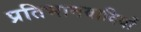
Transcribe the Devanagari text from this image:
प्रतिभानवादियों